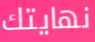
نهايتك